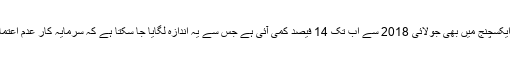
پاکستان اسٹاک ایکسچنج میں بھی جولائی 2018 سے اب تک 14 فیصد کمی آئی ہے جس سے یہ اندازہ لگایا جا سکتا ہے کہ سرمایہ کار عدم اعتماد کا شکار ہیں۔